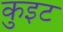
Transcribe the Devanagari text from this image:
कुइट